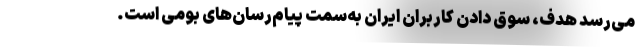
می‌رسد هدف، سوق دادن کاربران ایران به‌سمت پیام‌رسان‌های بومی است.